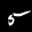
Label: 5